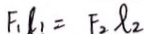
F _ { 1 } l _ { 1 } = F _ { 2 } \varphi _ { 2 }